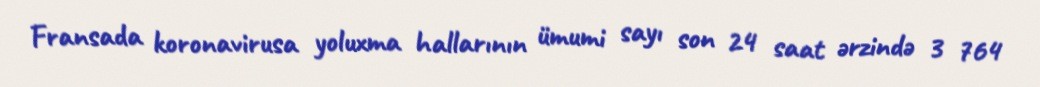
Fransada koronavirusa yoluxma hallarının ümumi sayı son 24 saat ərzində 3 764